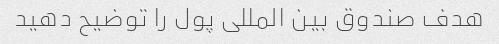
هدف صندوق بین المللی پول را توضیح دهید